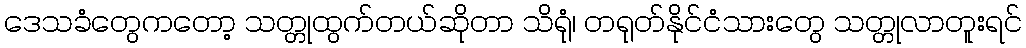
ဒေသခံတွေကတော့ သတ္တုထွက်တယ်ဆိုတာ သိရုံ၊ တရုတ်နိုင်ငံသားတွေ သတ္တုလာတူးရင်